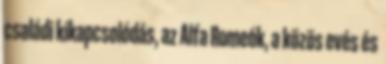
családi kikapcsolódás, az Alfa Romeók, a közös evés és